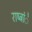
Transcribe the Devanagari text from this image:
राष्ट्रांे